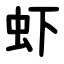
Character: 虾